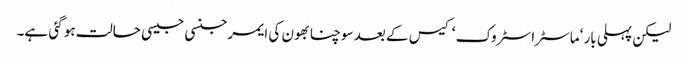
لیکن پہلی بار ‘ماسٹراسٹروک ‘ کیس کے بعد سوچنا بھون کی ایمرجنسی جیسی حالت ہو گئی ہے۔